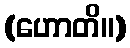
(ဟောတိ။)